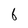
Character: 6